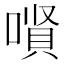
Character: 𱔊